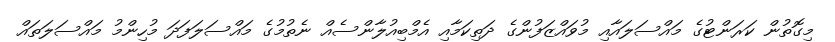
މިގޮތުން ކަރަންޓުގެ މައްސަލައާއި މުވައްޒަފުންގެ ދަތިކަމާއި އެމްބިއުލާންސެއް ނެތުމުގެ މައްސަލަފަދަ މުހިންމު މައްސަލަތައް